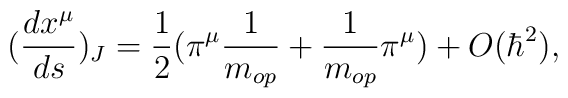
(\frac{dx^{\mu}}{ds})_J  =  \frac{1}{2}  \big(\pi^{\mu}  \frac{1}{m_{op}}  +\frac{1}{m_{op}} \pi^{\mu}\big) + O(\hbar^2),